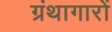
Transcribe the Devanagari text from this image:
ग्रंथागारों